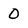
Character: 0